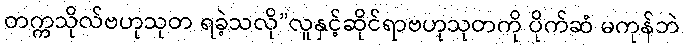
တက္ကသိုလ်ဗဟုသုတ ရခဲ့သလို”လူနှင့်ဆိုင်ရာဗဟုသုတကို ပိုက်ဆံ မကုန်ဘဲ